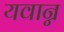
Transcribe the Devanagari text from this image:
यवान्न